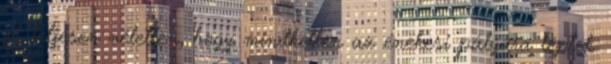
és teljesen véletlen, hogy mindketten az énekesi pályára léptek.